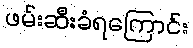
ဖမ်းဆီးခံရကြောင်း